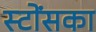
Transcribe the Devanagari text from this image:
स्टोंसका